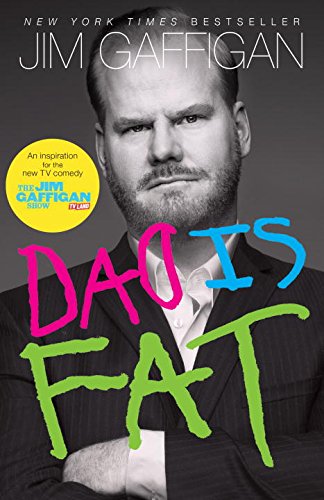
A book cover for Dad Is Fat; Jim Gaffigan; Humor & Entertainment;